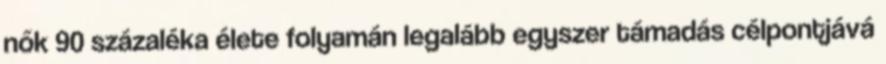
nők 90 százaléka élete folyamán legalább egyszer támadás célpontjává